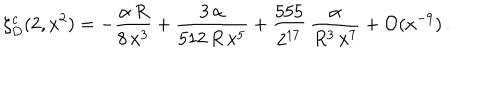
\zeta _ { D } ^ { c } ( 2 , x ^ { 2 } ) = - \frac { \alpha \, R } { 8 \, x ^ { 3 } } + \frac { 3 \, \alpha } { 5 1 2 \, R \, x ^ { 5 } } + \frac { 5 5 5 } { 2 ^ { 1 7 } } \, \frac { \alpha } { R ^ { 3 } \, x ^ { 7 } } + { \cal O } ( x ^ { - 9 } ) \, { . }